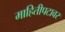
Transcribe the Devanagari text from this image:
माहितीपटावर